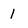
Character: 1